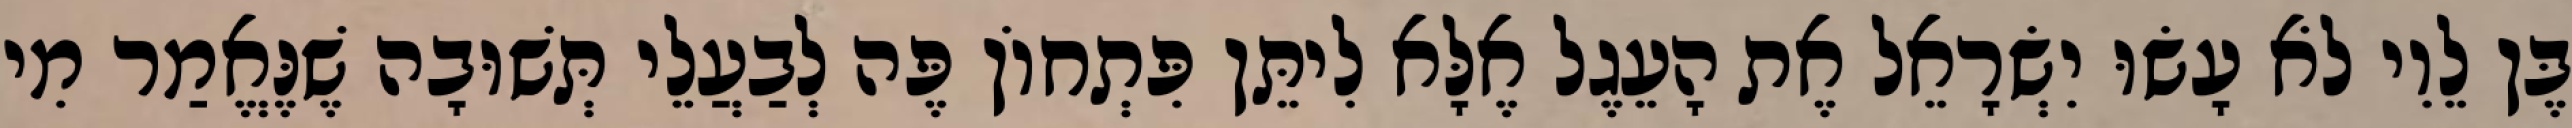
בֶּן לֵוִי לֹא עָשׂוּ יִשְׂרָאֵל אֶת הָעֵגֶל אֶלָּא לִיתֵּן פִּתְחוֹן פֶּה לְבַעֲלֵי תְּשׁוּבָה שֶׁנֶּאֱמַר מִי